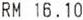
RM 16.10